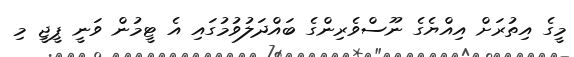
މީގެ އިތުރަށް އިއްޔެގެ ނޫސްވެރިންގެ ބައްދަލުވުމުގައި އެ ޓީމުން ވަނީ ޕީޖީ މި